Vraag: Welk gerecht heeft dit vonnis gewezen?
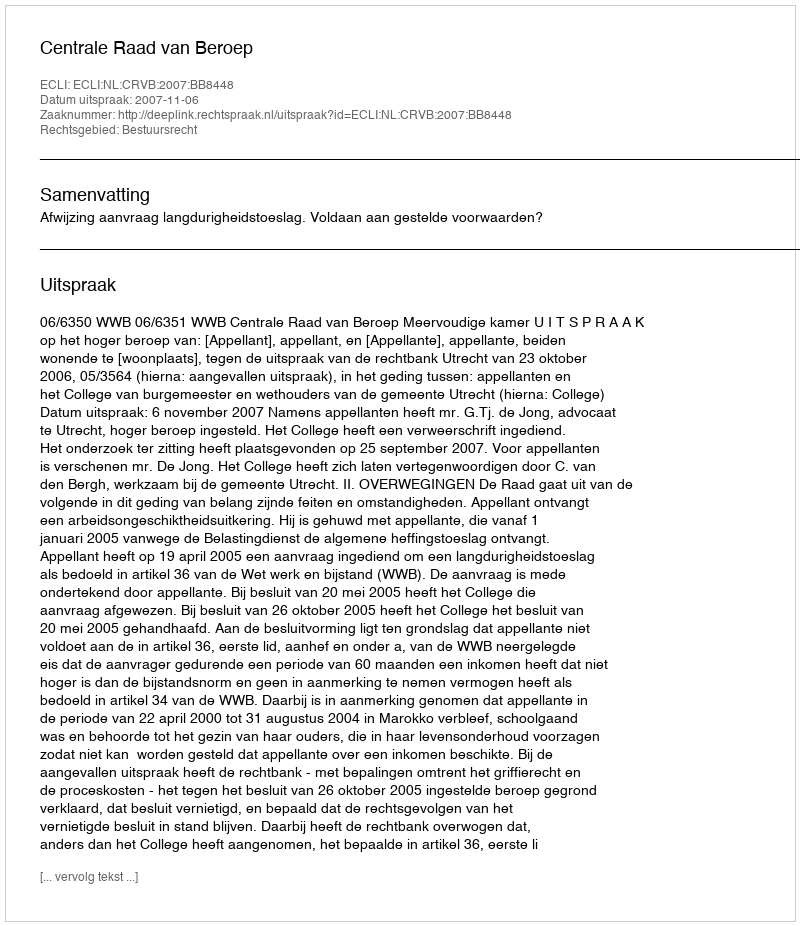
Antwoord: Centrale Raad van Beroep